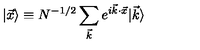
| \vec { x } \rangle \equiv N ^ { - 1 / 2 } \sum _ { \vec { k } } e ^ { i \vec { k } \cdot \vec { x } } | \vec { k } \rangle